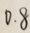
0 . 8